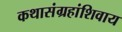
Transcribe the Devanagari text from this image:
कथासंग्रहांशिवाय